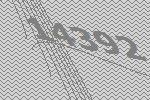
14392